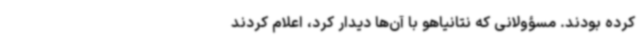
کرده بودند. مسؤولانی که نتانیاهو با آن‌ها دیدار کرد، اعلام کردند